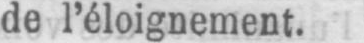
de l’éloignement.